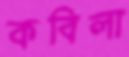
কবিলা